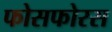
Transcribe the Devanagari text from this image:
फोसफोरस